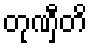
တုဏှီတိ